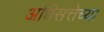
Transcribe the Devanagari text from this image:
अधिसत्तेच्या